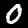
Label: 0